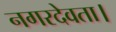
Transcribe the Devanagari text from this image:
नगरदेवता।